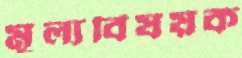
মূল্যবিষয়ক